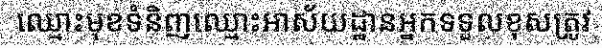
ឈ្មោះមុខទំនិញឈ្មោះអាស័យដ្ឋានអ្នកទទួលខុសត្រូវ